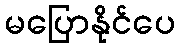
မပြောနိုင်ပေ